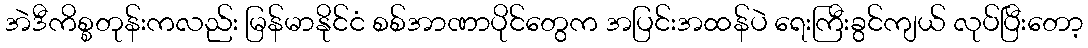
အဲဒီကိစ္စတုန်းကလည်း မြန်မာနိုင်ငံ စစ်အာဏာပိုင်တွေက အပြင်းအထန်ပဲ ရေးကြီးခွင်ကျယ် လုပ်ပြီးတော့